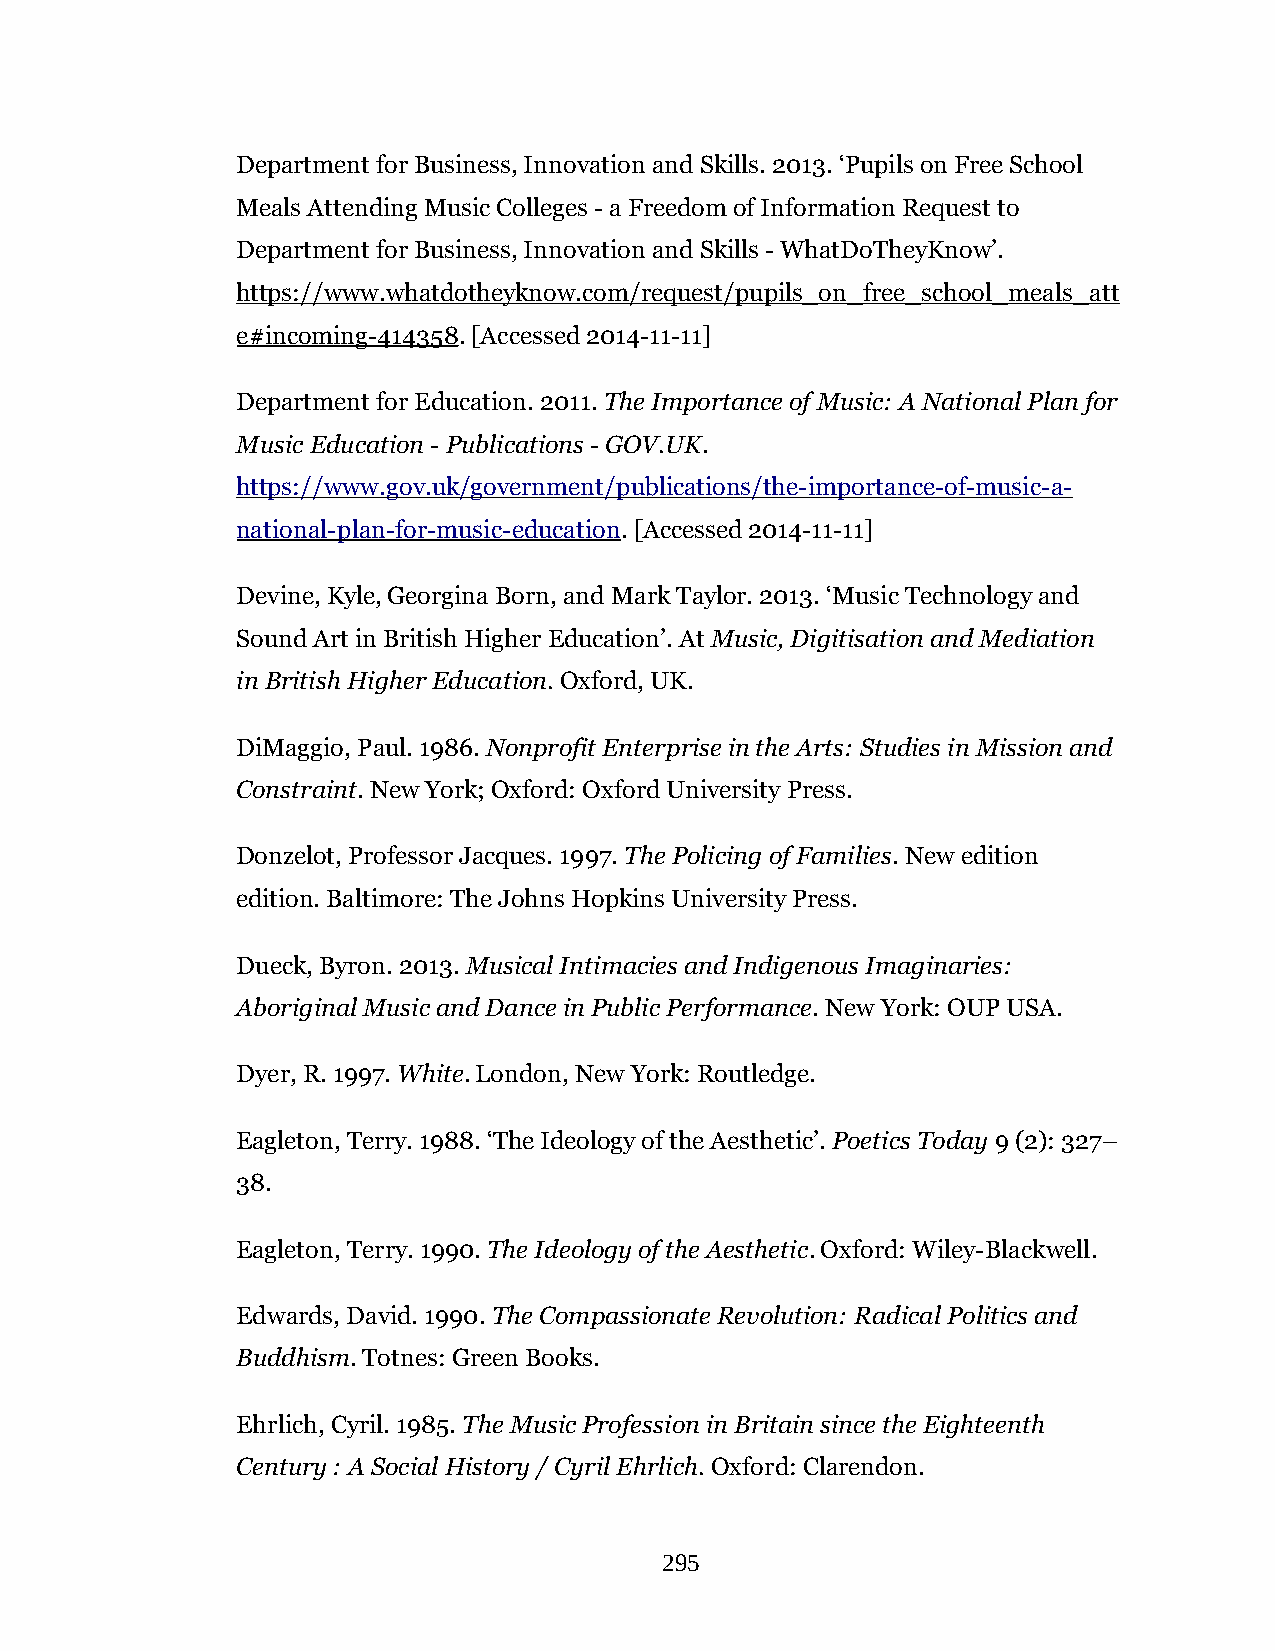
Department for Business, Innovation and Skills. 2013. ‘Pupils on Free School
 Meals Attending Music Colleges - a Freedom of Information Request to
 Department for Business, Innovation and Skills - WhatDoTheyKnow’.
 https://www.whatdotheyknow.com/request/pupils_on_free_school_meals_att
 e#incoming-414358. [Accessed 2014-11-11]
 Department for Education. 2011. The Importance of Music: A National Plan for
 Music Education - Publications - GOV.UK.
 https://www.gov.uk/government/publications/the-importance-of-music-a-
 national-plan-for-music-education. [Accessed 2014-11-11]
 Devine, Kyle, Georgina Born, and Mark Taylor. 2013. ‘Music Technology and
 Sound Art in British Higher Education’. At Music, Digitisation and Mediation
 in British Higher Education. Oxford, UK.
 DiMaggio, Paul. 1986. Nonprofit Enterprise in the Arts: Studies in Mission and
 Constraint. New York; Oxford: Oxford University Press.
 Donzelot, Professor Jacques. 1997. The Policing of Families. New edition
 edition. Baltimore: The Johns Hopkins University Press.
 Dueck, Byron. 2013. Musical Intimacies and Indigenous Imaginaries:
 Aboriginal Music and Dance in Public Performance. New York: OUP USA.
 Dyer, R. 1997. White. London, New York: Routledge.
 Eagleton, Terry. 1988. ‘The Ideology of the Aesthetic’. Poetics Today 9 (2): 327–
 38.
 Eagleton, Terry. 1990. The Ideology of the Aesthetic. Oxford: Wiley-Blackwell.
 Edwards, David. 1990. The Compassionate Revolution: Radical Politics and
 Buddhism. Totnes: Green Books.
 Ehrlich, Cyril. 1985. The Music Profession in Britain since the Eighteenth
 Century : A Social History / Cyril Ehrlich. Oxford: Clarendon.
 295